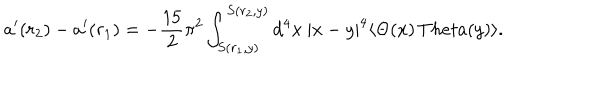
a ^ { \prime } ( r _ { 2 } ) - a ^ { \prime } ( r _ { 1 } ) = - \frac { 1 5 } { 2 } \pi ^ { 2 } \int _ { S ( r _ { 1 } , y ) } ^ { S ( r _ { 2 } , y ) } \mathrm { d } ^ { 4 } x \ | x - y | ^ { 4 } \langle \Theta ( x ) \, T h e t a ( y ) \rangle .